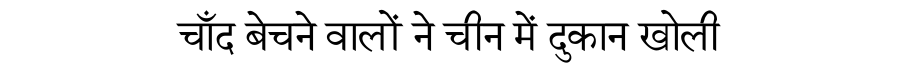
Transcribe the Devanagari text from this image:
चाँद बेचने वालों ने चीन में दुकान खोली